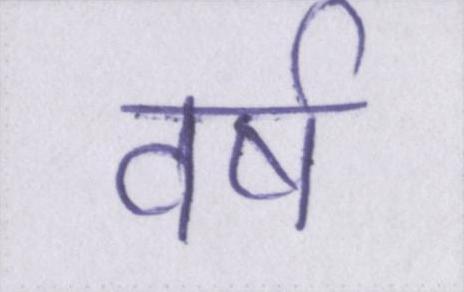
वर्ष